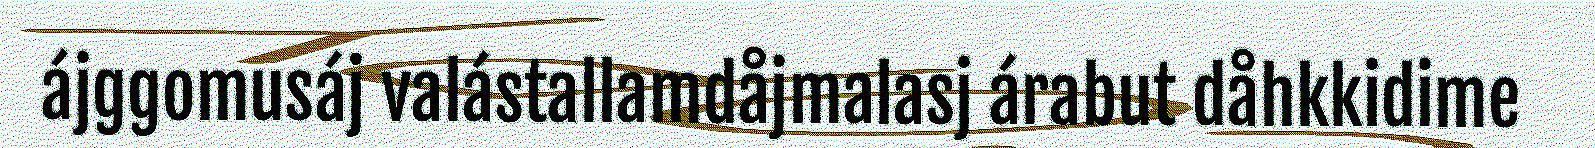
ájggomusáj valástallamdåjmalasj árabut dåhkkidime